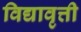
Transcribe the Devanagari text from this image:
विद्यावृत्ती